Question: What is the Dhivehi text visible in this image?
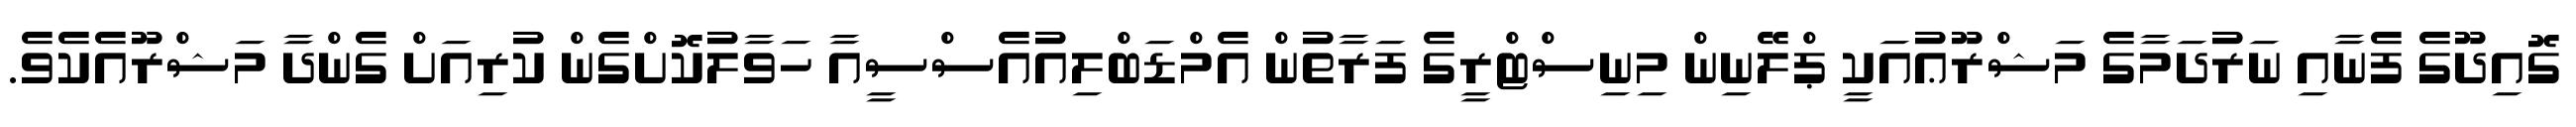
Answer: ގޮއިދޫގެ ފެނާއި ނަރުދަމާގެ މަޝްރޫޢުއަކީ ޕްލޭނިން މިނިސްޓްރީގެ ފަރާތުން އެމްޑަބްލިއުއެސްސީއާ ހަވާލުކޮށްގެން ކުރިއަށް ގެންދާ މަޝްރޫއެކެވެ.